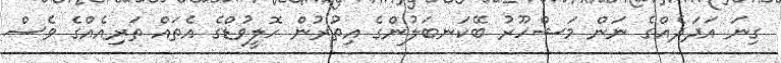
ގިނަ އަދަދެއްގެ ނަން މަޝްހޫރު ބޭކަނބަލުންގެ އިތުރުން ހޮލީވުޑްގެ އެތައް ތަރިއެއްގެ ވެސް